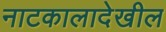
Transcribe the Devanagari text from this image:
नाटकालादेखील